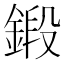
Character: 鍛